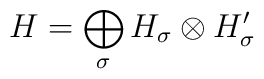
H=\bigoplus_{\sigma }H_{\sigma }\otimes H_{\sigma }^{\prime }